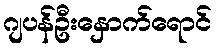
ဂျပန်ဦးနှောက်ရောင်